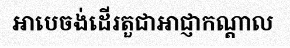
អាបេចង់ដើរតួជាអាជ្ញាកណ្តាល